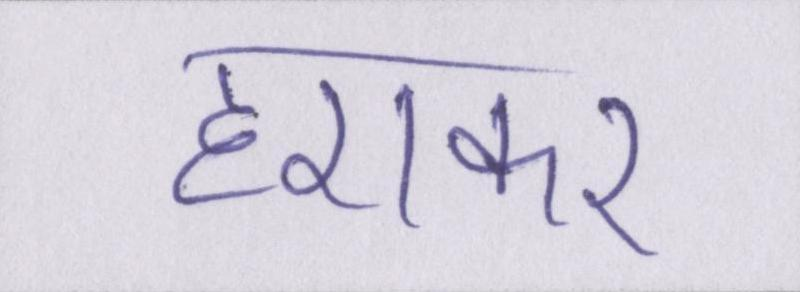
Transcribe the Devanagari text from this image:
हराकर